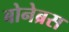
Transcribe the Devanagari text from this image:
बोनेब्रस